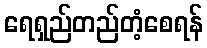
ရေရှည်တည်တံ့စေရန်